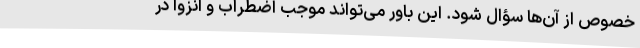
خصوص از آن‌ها سؤال شود. این باور می‌تواند موجب اضطراب و انزوا در